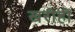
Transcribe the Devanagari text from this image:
खरीही